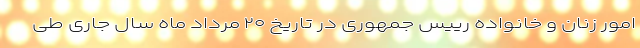
امور زنان و خانواده رییس جمهوری در تاریخ ۲۰ مرداد ماه سال جاری طی